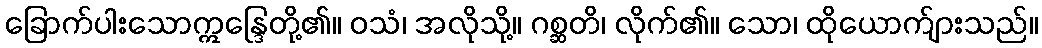
ခြောက်ပါးသောဣန္ဒြေတို့၏။ ဝသံ၊ အလိုသို့။ ဂစ္ဆတိ၊ လိုက်၏။ သော၊ ထိုယောက်ျားသည်။